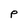
Character: P